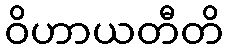
ဝိဟာယတီတိ